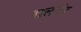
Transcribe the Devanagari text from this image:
बालचंद